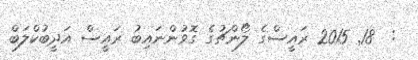
:  18